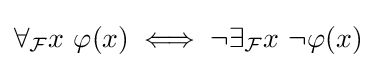
\forall _{\mathcal {F}}x\ \varphi (x)\iff \neg \exists _{\mathcal {F}}x\ \neg \varphi (x)